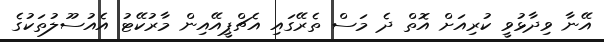
އޭނާ ވިދާޅުވީ ކުރިއަށް އޮތް ދެ މަސް ތެރޭގައި އެޗްޕީއޭއިން މާރުކޭޓު އެއުސޫލުތަކުގެ